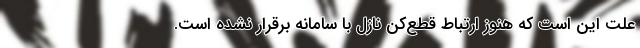
علت این است که هنوز ارتباط قطع‌کن نازل با سامانه برقرار نشده است.